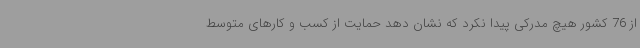
از 76 کشور هیچ مدرکی پیدا نکرد که نشان دهد حمایت از کسب و کارهای متوسط